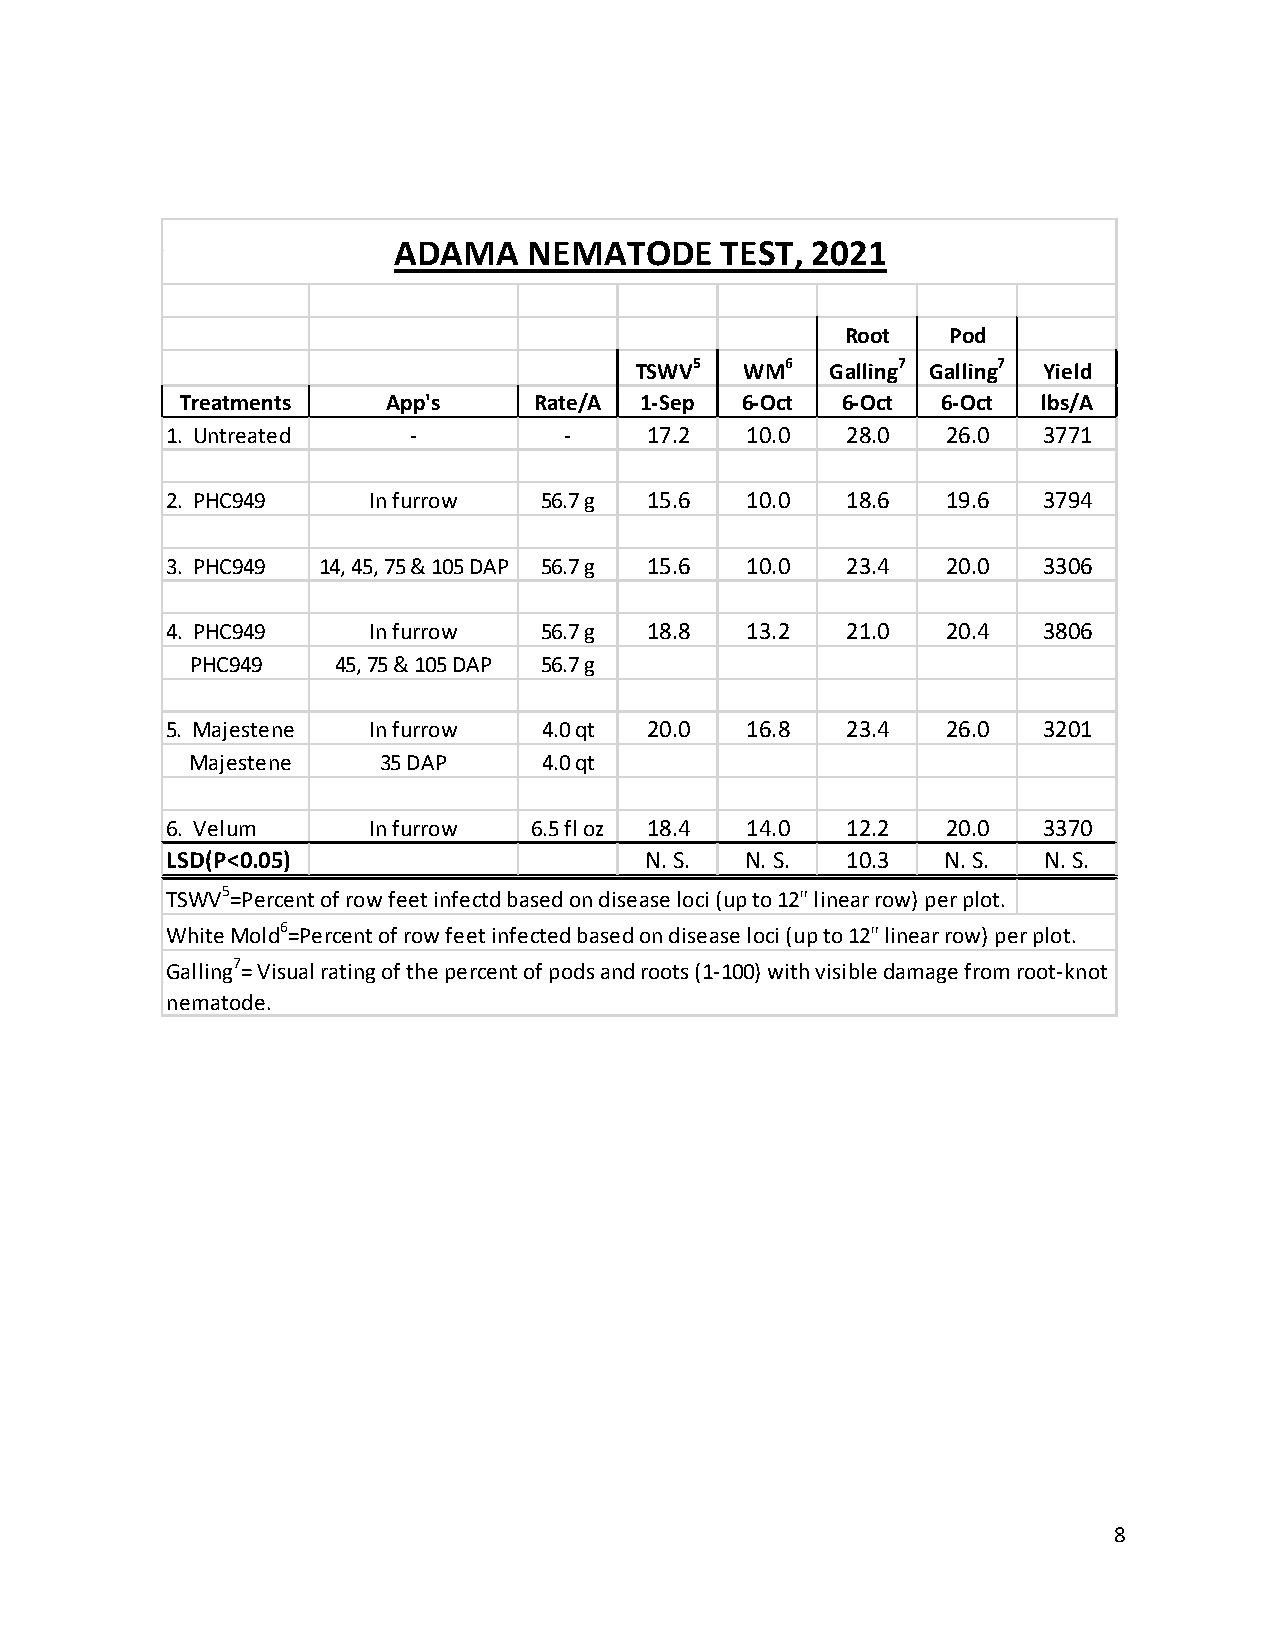
ADAMA    NEMATODE     TEST, 2021
 Root   Pod
 TSWV5  WM6   Galling7 Galling7 Yield
 Treatments    App's    Rate/A 1-Sep  6-Oct  6-Oct 6-Oct  lbs/A
 1. Untreated    -         -     17.2  10.0   28.0   26.0  3771
 2. PHC949    In furrow   56.7 g 15.6  10.0   18.6   19.6  3794
 3. PHC949 14, 45, 75 & 105 DAP 56.7 g 15.6 10.0 23.4 20.0 3306
 4. PHC949    In furrow   56.7 g 18.8  13.2   21.0   20.4  3806
 PHC949   45, 75 & 105 DAP 56.7 g
 5. Majestene In furrow   4.0 qt 20.0  16.8   23.4   26.0  3201
 Majestene   35 DAP     4.0 qt
 6. Velum     In furrow  6.5 fl oz 18.4 14.0  12.2   20.0  3370
 LSD(P<0.05)                     N. S. N. S.  10.3   N. S. N. S.
 TSWV5=Percent of row feet infectd based on disease loci (up to 12" linear row) per plot.
 White Mold6=Percent of row feet infected based on disease loci (up to 12" linear row) per plot.
 Galling7= Visual rating of the percent of pods and roots (1-100) with visible damage from root-knot
 nematode.
 8